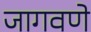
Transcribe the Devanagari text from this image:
जागवणे